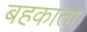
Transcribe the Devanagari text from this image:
बहकाता